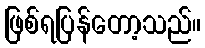
ဖြစ်ရပြန်တော့သည်။